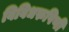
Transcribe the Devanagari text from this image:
विविधरुपिणी